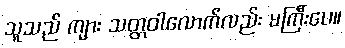
သူသည် ကျား သတ္တဝါလောက်လည်း မကြီးပေ။